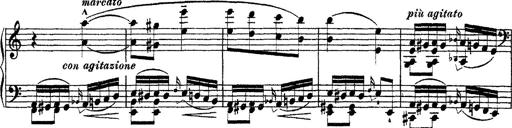
Title: Ã‰tudes d'exÃ©cution transcendante d'aprÃ¨s Paganini
Composer: Franz Liszt